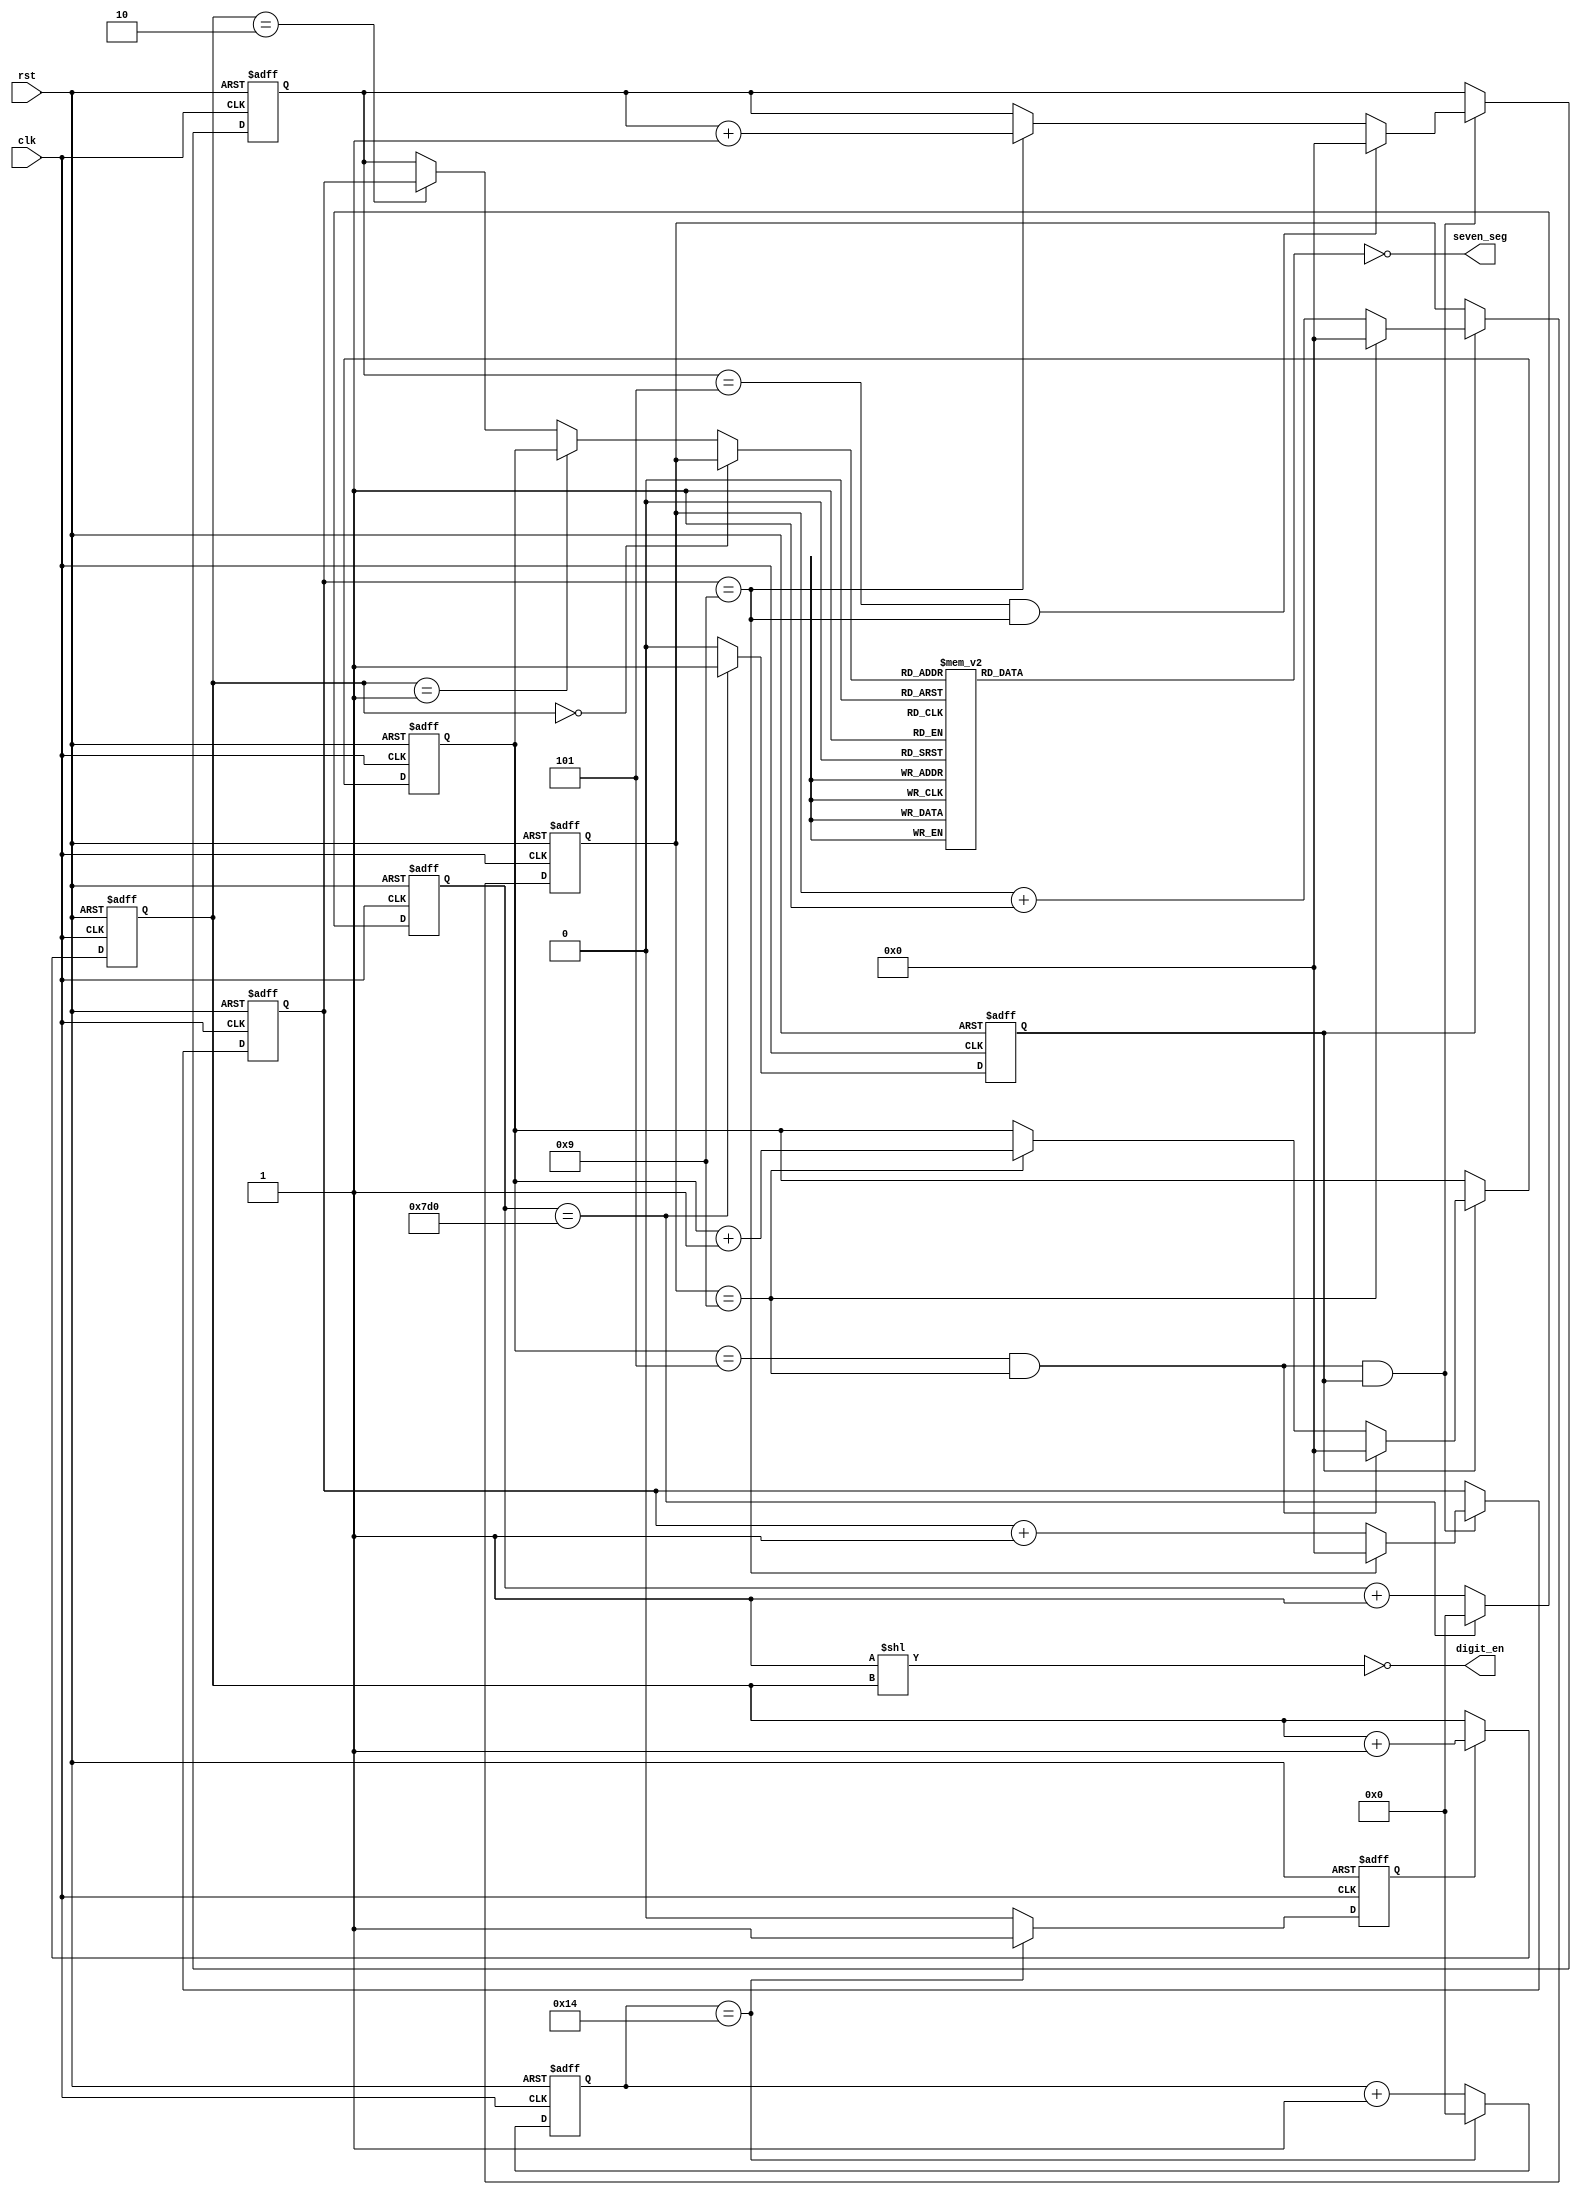
module timer #(parameter  CC = 1,
                                FREQ = 2_000,
                                SCAN_PER_SEC = 25) 
(
    input   wire        clk,
    input   wire        rst,
    output  wire [6:0]  seven_seg,
    output  wire [3:0]  digit_en     
);
    localparam DIG_DURATION = (FREQ)/(4 * SCAN_PER_SEC);

    // the counter
    reg [3:0]   sec_ones, sec_tens;
    reg [3:0]   min_ones, min_tens;
    wire        nine_sec        = (sec_ones == 4'd9);
    wire        fifty_nine_sec  = (sec_tens == 4'd5) & nine_sec;
    wire        nine_min        = (min_ones == 4'd9);
    wire        fifty_nine_min  = (min_tens == 4'd5) & nine_min;
    
    // Time Base Generators
    reg         sec;
    reg         scan;

    reg [31:0]  sec_div;
    reg [31:0]  scan_div;
    
    always @(posedge clk or posedge rst) begin
        if(rst)
            sec_div <= 32'b0;
        else if(sec_div == FREQ)
            sec_div <= 32'b0;
        else
            sec_div <= sec_div + 32'b1;
    end

    always @(posedge clk or posedge rst) begin
        if(rst)
            scan_div <= 32'b0;
        else if(scan_div == DIG_DURATION)
            scan_div <= 32'b0;
        else
            scan_div <= scan_div + 32'b1;
    end

    always @(posedge clk or posedge rst) begin
        if(rst)
            sec <= 1'b0;
        else if(sec_div == FREQ)
            sec <= 1'b1;
        else 
            sec <= 1'b0;
    end

    always @(posedge clk or posedge rst) begin
        if(rst)
            scan <= 1'b0;
        else if(scan_div == DIG_DURATION)
            scan <= 1'b1;
        else 
            scan <= 1'b0;
    end


    // Seconds Counters
    always @(posedge clk or posedge rst)
        if(rst) 
            sec_ones <=  4'b0;
        else if(sec) begin
            if(!nine_sec) 
                sec_ones <= sec_ones + 4'd1;
            else 
                sec_ones <= 0;
        end

    always @(posedge clk or posedge rst)
        if(rst) 
            sec_tens <=  4'b0;
        else if(sec) begin 
            if(fifty_nine_sec) 
                sec_tens <= 0;
            else if(nine_sec) 
                sec_tens <= sec_tens + 4'd1;
        end

    // Minutes Counters
    always @(posedge clk or posedge rst)
        if(rst) 
            min_ones <=  4'b0;
        else if(fifty_nine_sec & sec) begin
            if(!nine_min)
                min_ones <= min_ones + 4'd1;
            else
                min_ones <= 0;
        end

    always @(posedge clk or posedge rst)
        if(rst) 
            min_tens <=  4'b0;
        else if(fifty_nine_sec & sec) begin
            if(fifty_nine_min) 
                min_tens <= 0;
            else if(nine_min) 
                min_tens <= min_tens + 4'd1;
        end
    
    
        // Display TDM
        reg [1:0] dig_cnt;
        always @(posedge clk or posedge rst) begin
            if(rst)
                dig_cnt <= 2'b0;
            else
                if(scan) dig_cnt <= dig_cnt + 1'b1;
        end

        wire [3:0]  bcd_mux =   (dig_cnt == 2'b00) ? sec_ones :
                                (dig_cnt == 2'b01) ? sec_tens :
                                (dig_cnt == 2'b10) ? min_ones : min_tens;

        // BCD to 7SEG Decoder
        reg [6:0]   ca_7seg;
        wire[6:0]   cc_7seg = ~ ca_7seg;
        always @* begin
            ca_7seg = 7'b0000000;
            case(bcd_mux)
                4'd0 : ca_7seg = 7'b0000001;
                4'd1 : ca_7seg = 7'b1001111;
                4'd2 : ca_7seg = 7'b0010010;
                4'd3 : ca_7seg = 7'b0000110;
                4'd4 : ca_7seg = 7'b1001100;
                4'd5 : ca_7seg = 7'b0100100;
                4'd6 : ca_7seg = 7'b0100000;
                4'd7 : ca_7seg = 7'b0001111;
                4'd8 : ca_7seg = 7'b0000000;
                4'd9 : ca_7seg = 7'b0000100;
            endcase
        end

        generate
            if(CC==0) begin
                assign seven_seg    =   ca_7seg;
                assign digit_en     =   (4'b1 << dig_cnt);
            end else begin
                assign seven_seg    =   cc_7seg;
                assign digit_en     =   ~(4'b1 << dig_cnt);
            end
        endgenerate

endmodule